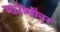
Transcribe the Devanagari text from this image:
मातोश्रींवर